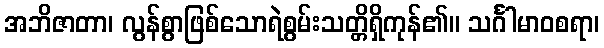
အဘိဇာတာ၊ လွန်စွာဖြစ်သောရဲစွမ်းသတ္တိရှိကုန်၏။ သင်္ဂါမာဝစရာ၊